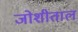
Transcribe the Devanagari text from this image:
जोशीताल